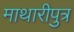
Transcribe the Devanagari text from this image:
माथारीपुत्र